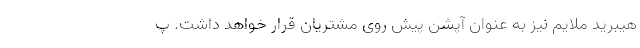
هیبرید ملایم نیز به عنوان آپشن پیش روی مشتریان قرار خواهد داشت. پ